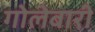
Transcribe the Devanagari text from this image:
गोलेबारी